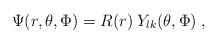
\begin{align*}\Psi(r,\theta,\Phi) = R(r)\:Y_{lk}(\theta,\Phi)\;, \end{align*}